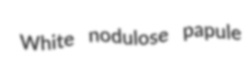
White nodulose papule